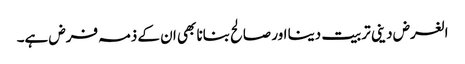
الغرض دینی تربیت دینا اور صالح بنانا بھی ان کے ذمہ فرض ہے۔